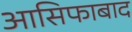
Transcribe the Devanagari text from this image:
आसिफाबाद